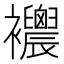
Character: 𧟒